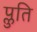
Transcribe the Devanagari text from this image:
प्लुति